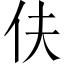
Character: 伕